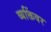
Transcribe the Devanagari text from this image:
व्यक्तिंवर